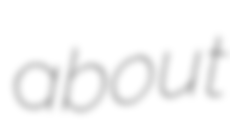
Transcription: about